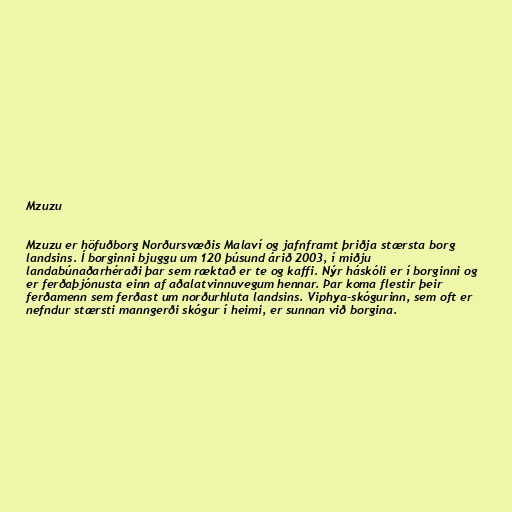
Mzuzu

Mzuzu er höfuðborg Norðursvæðis Malaví og jafnframt þriðja stærsta borg
landsins. Í borginni bjuggu um 120 þúsund árið 2003, í miðju
landabúnaðarhéraði þar sem ræktað er te og kaffi. Nýr háskóli er í borginni og
er ferðaþjónusta einn af aðalatvinnuvegum hennar. Þar koma flestir þeir
ferðamenn sem ferðast um norðurhluta landsins. Viphya-skógurinn, sem oft er
nefndur stærsti manngerði skógur í heimi, er sunnan við borgina.